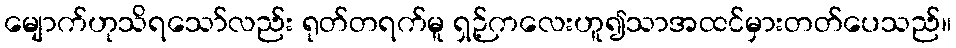
မျောက်ဟုသိရသော်လည်း ရုတ်တရက်မူ ရှဉ့်ကလေးဟူ၍သာအထင်မှားတတ်ပေသည်။